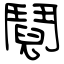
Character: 鬩